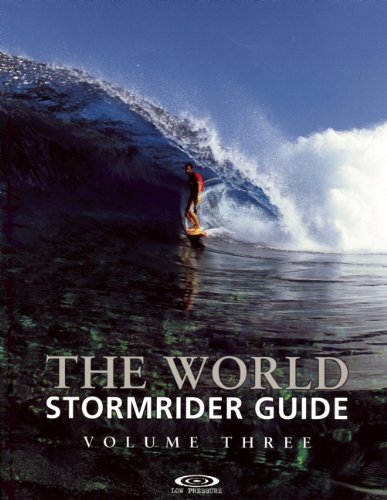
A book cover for The World Stormrider Guide, Vol. 3 (Stormrider Surf Guides); Sports & Outdoors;